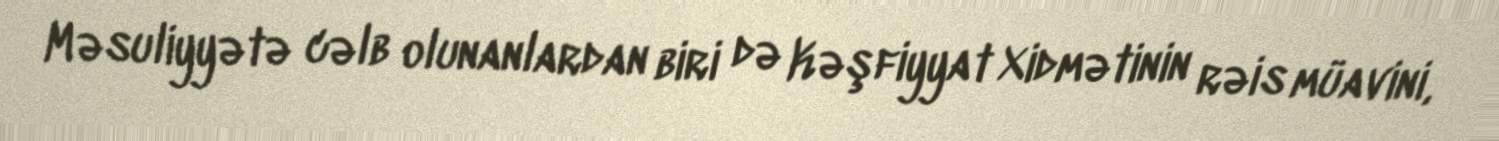
Məsuliyyətə cəlb olunanlardan biri də Kəşfiyyat Xidmətinin rəis müavini,